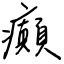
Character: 癲